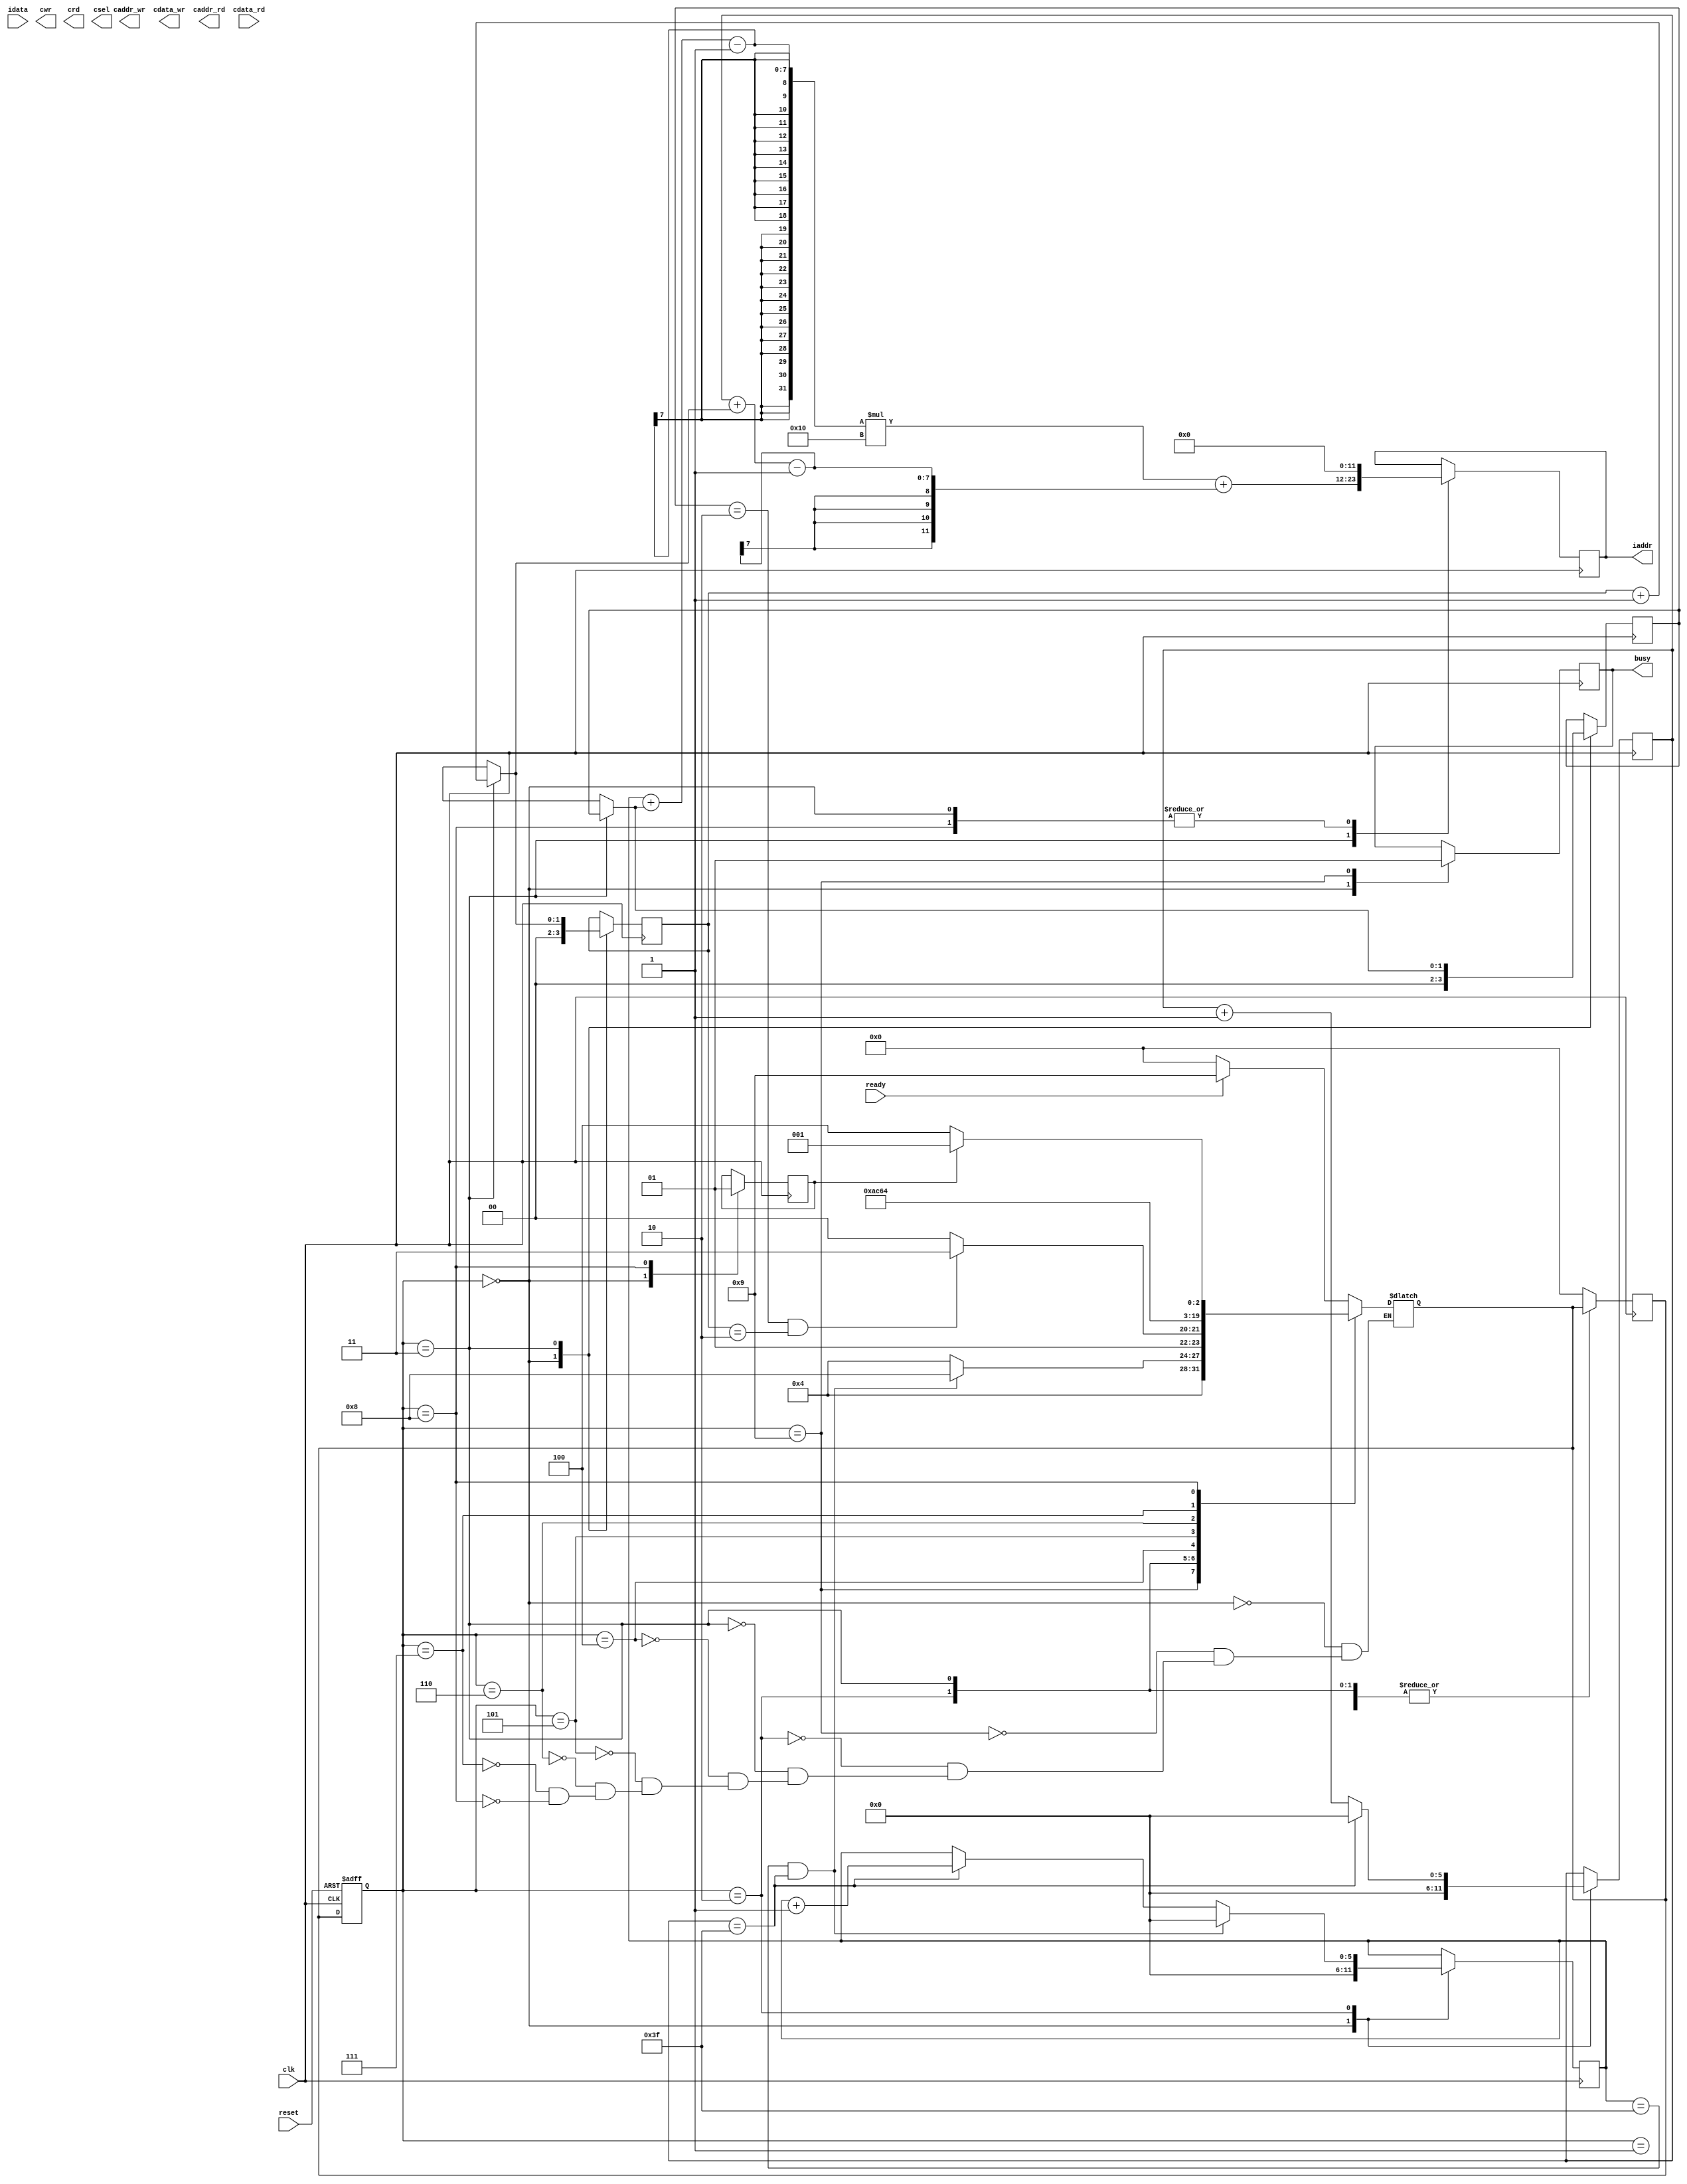
`timescale 1ns/10ps

module  CONV(
	input		clk,
	input		reset,
	output		reg busy,	
	input		ready,	
			
	output		reg [11:0]iaddr,
	input		[19:0]idata,	
	
	output	 	cwr,
	output	 	[11:0]caddr_wr,
	output	 	[19:0]cdata_wr,
	
	output	 	crd,
	output	 	[11:0]caddr_rd,
	input	 	[19:0]cdata_rd,
	
	output	 	[2:0]csel
	);

//kernel 0 paramter declaration str----------------
parameter  signed kernel0_0 = 20'h0A89E;
parameter  signed kernel0_1 = 20'h092D5;
parameter  signed kernel0_2 = 20'h06D43;
parameter  signed kernel0_3 = 20'h01004;
parameter  signed kernel0_4 = 20'hF8F71;
parameter  signed kernel0_5 = 20'hF6E54;
parameter  signed kernel0_6 = 20'hFA6D7;
parameter  signed kernel0_7 = 20'hFC834;
parameter  signed kernel0_8 = 20'hFAC19;
//kernel 0 paramter declaration end----------------

//kernel 0 paramter declaration str----------------
parameter  signed kernel1_0 = 20'hFDB55;
parameter  signed kernel1_1 = 20'h02992;
parameter  signed kernel1_2 = 20'hFC994;
parameter  signed kernel1_3 = 20'h050FD;
parameter  signed kernel1_4 = 20'h02F20;
parameter  signed kernel1_5 = 20'h0202D;
parameter  signed kernel1_6 = 20'h03BD7;
parameter  signed kernel1_7 = 20'hFD369;
parameter  signed kernel1_8 = 20'h05E68;

parameter  signed bias_0 = 20'h01310; 
parameter  signed bias_1 = 20'hF7295; 
//kernel 0 paramter declaration end----------------

//variable declaration str-------------------------
reg signed [19:0]image_temp_row[2:0][2:0];

reg [1:0]kernel_column;
reg [1:0]kernel_row;
reg [5:0]row;
reg [5:0]column;
reg kernel_sel;
reg [19:0]kernel_w;

reg [3:0]curr_state;
reg [3:0]next_state;

reg [39:0]acc;
reg [39:0]mul;
wire [19:0]bias;
//variable declaration end-------------------------
assign bias = ~kernel_sel ? bias_0 : bias_1;

always @(*) begin
	if(~kernel_sel)begin
		case ({kernel_column,kernel_row})
			4'b00_00:kernel_w = kernel0_0; 
			4'b01_00:kernel_w = kernel0_1; 
			4'b10_00:kernel_w = kernel0_2; 
			4'b00_01:kernel_w = kernel0_3; 
			4'b01_01:kernel_w = kernel0_4; 
			4'b10_01:kernel_w = kernel0_5; 
			4'b00_10:kernel_w = kernel0_6; 
			4'b01_10:kernel_w = kernel0_7; 
			4'b10_10:kernel_w = kernel0_8; 
			default: kernel_w = 20'd0;
		endcase
	end
	else begin
		case ({kernel_column,kernel_row})
			4'b00_00:kernel_w = kernel1_0; 
			4'b01_00:kernel_w = kernel1_1; 
			4'b10_00:kernel_w = kernel1_2; 
			4'b00_01:kernel_w = kernel1_3; 
			4'b01_01:kernel_w = kernel1_4; 
			4'b10_01:kernel_w = kernel1_5; 
			4'b00_10:kernel_w = kernel1_6; 
			4'b01_10:kernel_w = kernel1_7; 
			4'b10_10:kernel_w = kernel1_8; 
			default: kernel_w = 20'd0;
		endcase
	end
end

localparam [3:0]IDLE = 4'd0,
                OVER = 4'd1,
                FRRC = 4'd2,
                FRKN = 4'd3,
                CNV1 = 4'd4,
				CNV2 = 4'd5,
				CNV3 = 4'd6,
                BIAS = 4'd7,
                KNCG = 4'd8,
                STAR = 4'd9,
                S8 = 4'd10,
                S9 = 4'd11,
                FRKN0 = 4'd12,
                FRKN1 = 4'd13,
                FRKN2 = 4'd14,
                FRKN3 = 4'd15;

//state control str----------------------------------
always @(posedge clk or posedge reset) begin
    if(reset)curr_state <= IDLE;
    else curr_state <= next_state;
end

always @(*) begin
    case(curr_state)
        IDLE:begin
			if(ready)next_state = STAR;
			else next_state = IDLE;
        end
		STAR:begin
			next_state = CNV1;
		end
        FRRC:begin
			if(row == 6'd63 && column == 6'd63)begin
				next_state = KNCG;
			end
			else next_state = CNV1;
        end
        FRKN:begin
			if(kernel_row == 2'd2 && kernel_column == 2'd2)begin
				next_state = BIAS;
			end
			else next_state = CNV1;
        end
        CNV1:begin
			next_state = CNV2;
        end
		CNV2:begin      
			next_state = CNV3;
        end
		CNV3:begin
			next_state = FRKN;
        end
        BIAS:begin
			next_state = FRRC;	
        end
		KNCG:begin
			if(kernel_sel) next_state = OVER;
			else next_state = CNV1;
		end
        OVER:begin

        end
    endcase
end
//state control end----------------------------------

//RTL operation str----------------------------------
always @(posedge clk) begin
    case(curr_state)
        IDLE:begin
			kernel_column 	<= 2'd0;
			kernel_row 		<= 2'd0;
			row <= 6'd0;
			column <= 6'd0;
			kernel_sel <= 1'd0;
			iaddr <= 12'd0;
			acc <= 20'd0;
			busy <= 1'b0;
        end
		STAR:begin
			busy <= 1'b1;
		end
        FRRC:begin
			if(row == 6'd63 && column == 6'd63)begin
				row <= 6'd0;
			end
			else if(column == 6'd63)row = row + 1'd1;

			if(column == 6'd63)begin
				column <= 6'd0;
			end
			else column = column + 1'd1;
        end
        FRKN:begin
			if(kernel_row == 6'd63 && kernel_column == 6'd63)begin
				kernel_row <= 6'd0;
			end
			else if(kernel_column == 6'd63)kernel_row = kernel_row + 1'd1;

			if(kernel_column == 6'd63)begin
				kernel_column <= 6'd0;
			end
			else kernel_column = kernel_column + 1'd1;

			iaddr <= (row + kernel_row - 1)*16 + (column + kernel_column - 1);
        end
        CNV1:begin
			if ((row + kernel_row - 1) < 0 || (row + kernel_row - 1) > 63 || (column + kernel_column - 1) < 0 || (column + kernel_column - 1) > 63)
                image_temp_row[kernel_row][kernel_column] <= 20'd0;

            else
                image_temp_row[kernel_row][kernel_column] <= idata;
        end
		CNV2:begin      
			mul <= image_temp_row[kernel_row][kernel_column] * kernel_w;
        end
		CNV3:begin
			acc <= acc + mul;
        end
        BIAS:begin
			acc <= acc + {bias,20'd0};
        end
		KNCG:begin
			if(~kernel_sel) kernel_sel <= 1'b1;
			
			acc 	<= 20'd0;
			iaddr <= 12'd0;
		end
        OVER:begin
				
        end
        default:next_state = IDLE;
    endcase
end
//RTL operation end----------------------------------
endmodule